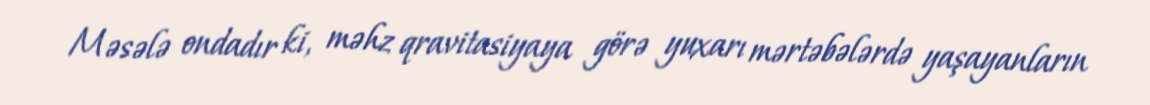
Məsələ ondadır ki, məhz qravitasiyaya görə yuxarı mərtəbələrdə yaşayanların